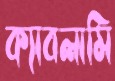
ক্যাবলামি